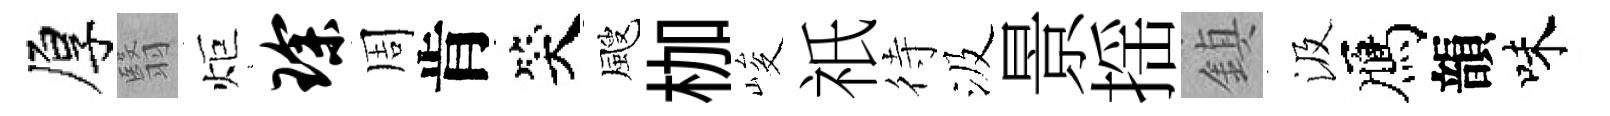
厚翳炬琛周肯笑颼枷峻祇待汲景揺鎮汲鴈韻味